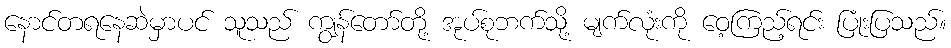
နောင်တရနေဆဲမှာပင် သူသည် ကျွန်တော်တို့ အုပ်စုဘက်သို့ မျက်လုံးကို ဝေ့ကြည့်ရင်း ပြုံးပြသည်။